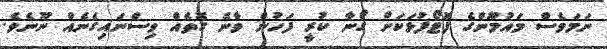
ނަމަވެސް މައުމޫންގެ ފޮޓޯފުޅަކަށް ގޯނާ ކުރީ ފަހުން ވާނެ ގޮތެއް ވިސްނައިގެނެއް ނޫނެވެ.